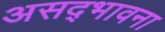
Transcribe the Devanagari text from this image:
असद्‍भावना